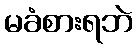
မခံစားရဘဲ